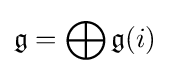
{\mathfrak {g}}=\bigoplus {\mathfrak {g}}(i)